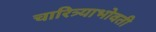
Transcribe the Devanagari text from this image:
चारित्र्याभोवती